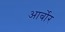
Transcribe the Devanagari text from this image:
आर्बोर